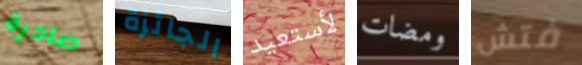
صادرة الجائزة لأستعيد ومضات فتش